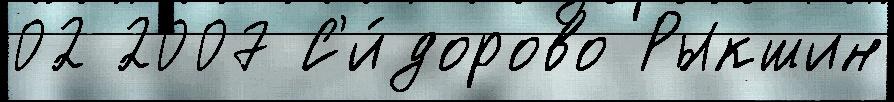
02 2007 С'и́дорово Рыкшин